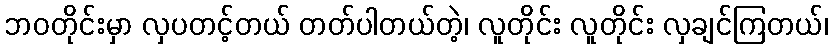
ဘဝတိုင်းမှာ လှပတင့်တယ် တတ်ပါတယ်တဲ့၊ လူတိုင်း လူတိုင်း လှချင်ကြတယ်၊